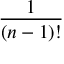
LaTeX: \frac { 1 } { ( n - 1 ) ! }